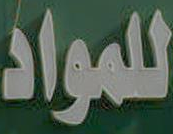
للمواد